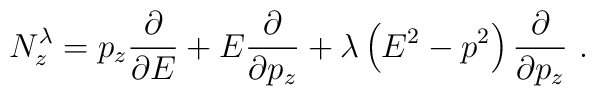
N_z^{\lambda} = p_z {\partial \over \partial E}+  E{\partial \over \partial p_z}+ \lambda  \left( E^2 -p^2 \right) {\partial \over \partial p_z}~.